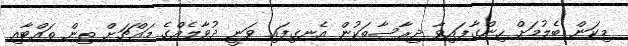
މިކަން ބެލުމަށް ހިންގާފައިވާ ދިރާސާތަކުން އެނގިފައި ވަނީ ދުވާލެއްގެ މައްޗަށް ތިން ތައްޓާއި